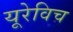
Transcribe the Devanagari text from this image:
यूरेविच